65_HS1-834228961_62-HQ-83894_Section_4
Agency: FBI
Page 140
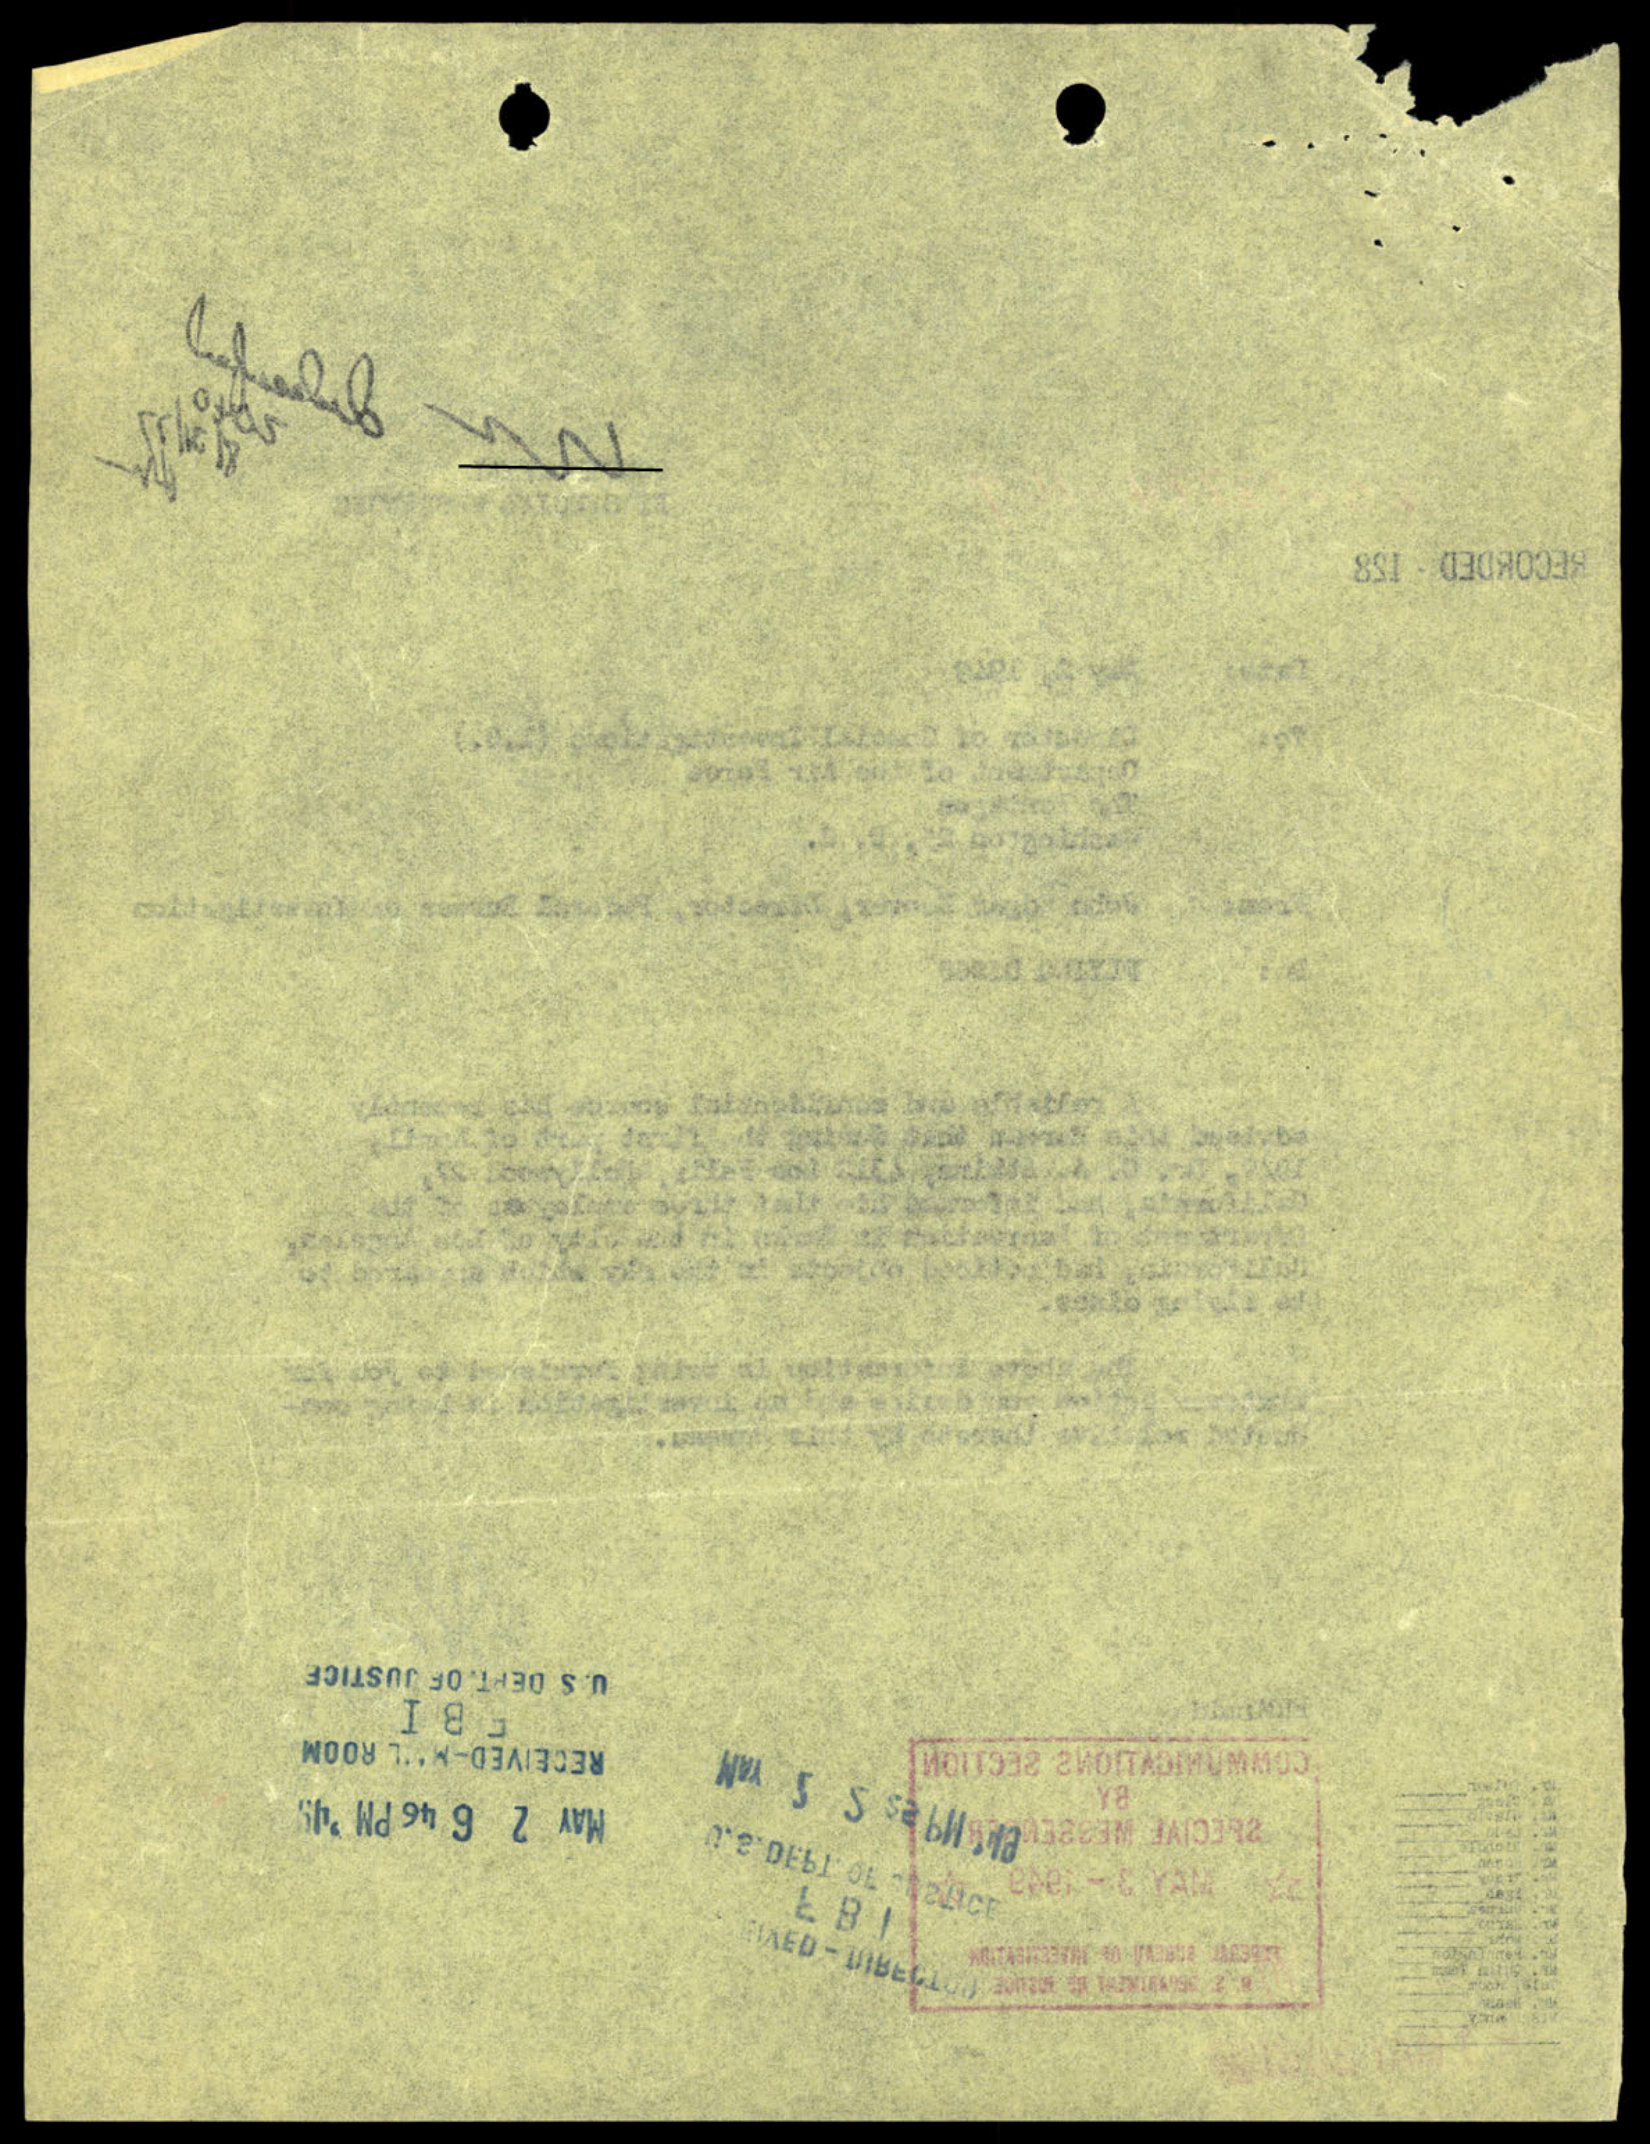